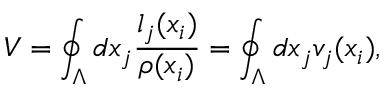
V = \oint _ { \Lambda } d x _ { j } \frac { l _ { j } ( x _ { i } ) } { \rho ( x _ { i } ) } = \oint _ { \Lambda } d x _ { j } v _ { j } ( x _ { i } ) ,